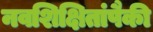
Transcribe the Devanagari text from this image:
नवशिक्षितांपैकी